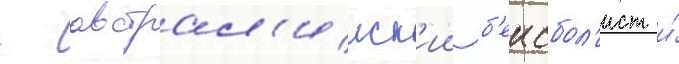
- австрал'ииск'ии б'еисбол'ист и́